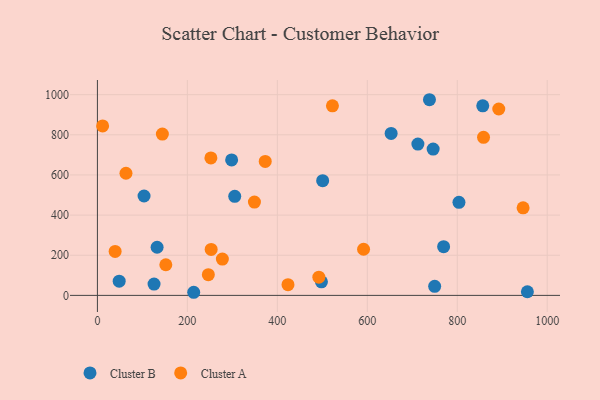
{"axis": {"x": "Study Hours", "y": "Rating"}, "legend": ["Cluster A", "Cluster B"], "data": [{"x": "955.9", "y": 18.0, "type": "Cluster B"}, {"x": "856.7", "y": 944.6, "type": "Cluster B"}, {"x": "500.8", "y": 571.4, "type": "Cluster B"}, {"x": "712.5", "y": 753.8, "type": "Cluster B"}, {"x": "746.4", "y": 729.1, "type": "Cluster B"}, {"x": "498.1", "y": 67.4, "type": "Cluster B"}, {"x": "125.9", "y": 56.6, "type": "Cluster B"}, {"x": "103.7", "y": 495.2, "type": "Cluster B"}, {"x": "48.4", "y": 70.6, "type": "Cluster B"}, {"x": "653.0", "y": 806.9, "type": "Cluster B"}, {"x": "305.3", "y": 493.7, "type": "Cluster B"}, {"x": "749.8", "y": 45.3, "type": "Cluster B"}, {"x": "132.7", "y": 239.7, "type": "Cluster B"}, {"x": "298.4", "y": 674.7, "type": "Cluster B"}, {"x": "214.1", "y": 15.5, "type": "Cluster B"}, {"x": "803.8", "y": 463.4, "type": "Cluster B"}, {"x": "769.7", "y": 242.8, "type": "Cluster B"}, {"x": "738.2", "y": 974.8, "type": "Cluster B"}, {"x": "277.8", "y": 180.9, "type": "Cluster A"}, {"x": "349.1", "y": 465.1, "type": "Cluster A"}, {"x": "858.4", "y": 787.5, "type": "Cluster A"}, {"x": "522.5", "y": 944.2, "type": "Cluster A"}, {"x": "492.3", "y": 90.5, "type": "Cluster A"}, {"x": "63.5", "y": 608.5, "type": "Cluster A"}, {"x": "252.9", "y": 229.1, "type": "Cluster A"}, {"x": "252.3", "y": 684.8, "type": "Cluster A"}, {"x": "946.4", "y": 436.4, "type": "Cluster A"}, {"x": "11.6", "y": 844.5, "type": "Cluster A"}, {"x": "39.4", "y": 219.1, "type": "Cluster A"}, {"x": "152.1", "y": 152.7, "type": "Cluster A"}, {"x": "892.3", "y": 928.5, "type": "Cluster A"}, {"x": "144.4", "y": 803.8, "type": "Cluster A"}, {"x": "591.7", "y": 229.9, "type": "Cluster A"}, {"x": "373.1", "y": 667.2, "type": "Cluster A"}, {"x": "423.7", "y": 53.2, "type": "Cluster A"}, {"x": "246.6", "y": 103.0, "type": "Cluster A"}]}